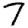
Digit: 7